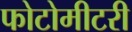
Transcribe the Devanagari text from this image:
फोटोमीटरी